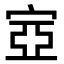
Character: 㝞